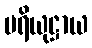
ပရိယုဋ္ဌာယ